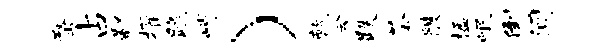
蝥占鄙擢跪峭）乾会跌荼艘楹岷倒间